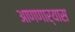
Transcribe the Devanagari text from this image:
आणणार्‍यास